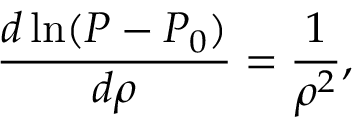
\frac { d \ln ( P - P _ { 0 } ) } { d \rho } = \frac { 1 } { \rho ^ { 2 } } ,